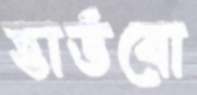
হার্ডবো